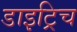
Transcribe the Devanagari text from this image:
डाइट्रिच